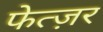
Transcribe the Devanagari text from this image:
फेत्ज़र